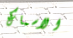
الاسماك